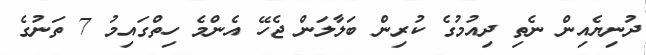
ދުނިޔެއިން ނެތި ދިއުމުގެ ކުރިން ބަލާލަން ޖެހޭ އެންމެ ހިތްގައިމު 7 ތަނުގެ